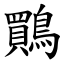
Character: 鷶